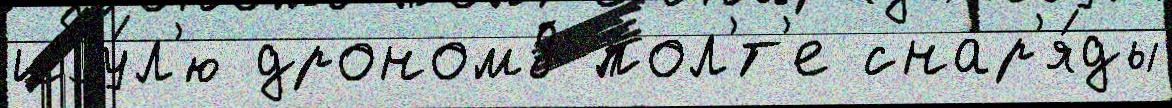
иjу́л'ю дроном8 пол'́т'е снар'я́ды